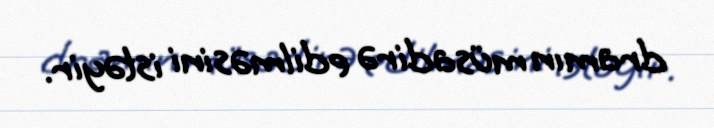
dramın müsadirə edilməsini istəyir.